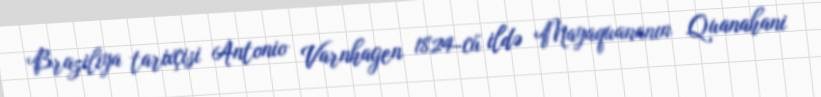
Braziliya tarixçisi Antonio Varnhagen 1824-cü ildə Mayaquananın Quanahani